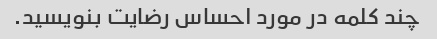
چند کلمه در مورد احساس رضایت بنویسید.